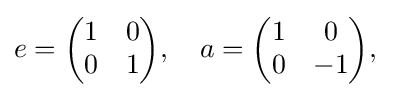
e={\begin{pmatrix}1&0\\0&1\end{pmatrix}},\quad a={\begin{pmatrix}1&0\\0&-1\end{pmatrix}},\quad